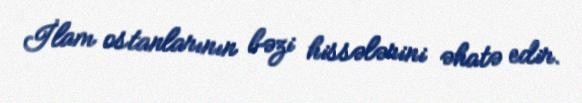
İlam ostanlarının bəzi hissələrini əhatə edir.